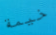
خيمة